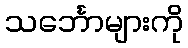
သင်္ဘောများကို